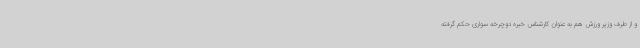
و از طرف وزیر ورزش هم به عنوان کارشناس خبره دوچرخه سواری حکم گرفته